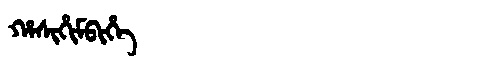
Manchu: ᡥᠠᠰᡳᡥᡳᠮᠪᡳᡥᡝ
Romanization: HASIHIMBIHE